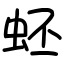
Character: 蚽